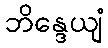
ဘိန္ဒေယျံ